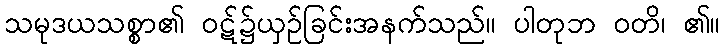
သမုဒယသစ္စာ၏ ဝဋ်၌ယှဉ်ခြင်းအနက်သည်။ ပါတုဘ ဝတိ၊ ၏။